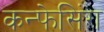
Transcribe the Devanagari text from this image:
कन्फेसिंग